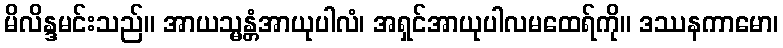
မိလိန္ဒမင်းသည်။ အာယသ္မန္တံအာယုပါလံ၊ အရှင်အာယုပါလမထေရ်ကို။ ဒဿနကာမော၊